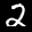
Label: 2